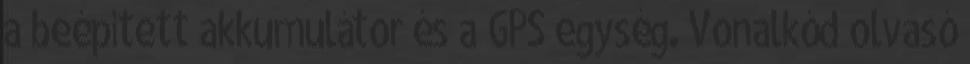
a beépített akkumulátor és a GPS egység. Vonalkód olvasó